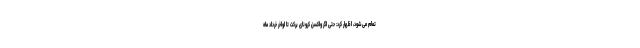
تمام می‌شود، اظهار کرد: حتی اگر واکسن کرونای برکت تا اواخر خرداد ماه